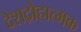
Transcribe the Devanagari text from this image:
देशद्रोहात्मक